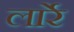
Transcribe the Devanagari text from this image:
लार्रे